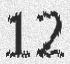
12